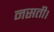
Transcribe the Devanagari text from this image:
नसती।